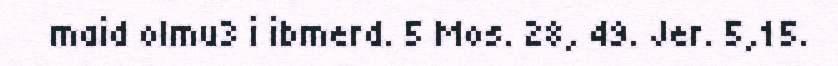
maid olmu3 i ibmerd. 5 Mos. 28, 49. Jer. 5,15.